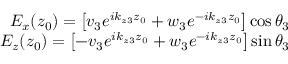
\begin{array} { r } { E _ { x } ( z _ { 0 } ) = \left[ v _ { 3 } e ^ { i k _ { z 3 } z _ { 0 } } + w _ { 3 } e ^ { - i k _ { z 3 } z _ { 0 } } \right] \mathrm { c o s } \, \theta _ { 3 } } \\ { E _ { z } ( z _ { 0 } ) = \left[ - v _ { 3 } e ^ { i k _ { z 3 } z _ { 0 } } + w _ { 3 } e ^ { - i k _ { z 3 } z _ { 0 } } \right] \mathrm { s i n } \, \theta _ { 3 } } \end{array}